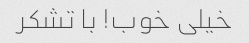
خیلی خوب! با تشکر